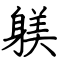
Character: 躾